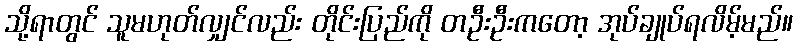
သို့ရာတွင် သူမဟုတ်လျှင်လည်း တိုင်းပြည်ကို တဦးဦးကတော့ အုပ်ချုပ်ရလိမ့်မည်။